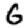
Digit: 6